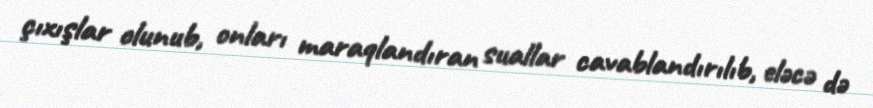
çıxışlar olunub, onları maraqlandıran suallar cavablandırılıb, eləcə də